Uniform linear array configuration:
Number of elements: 8
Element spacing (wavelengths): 0.75
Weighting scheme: hann
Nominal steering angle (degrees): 60
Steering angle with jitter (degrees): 58.987
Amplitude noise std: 0.05
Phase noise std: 0.05

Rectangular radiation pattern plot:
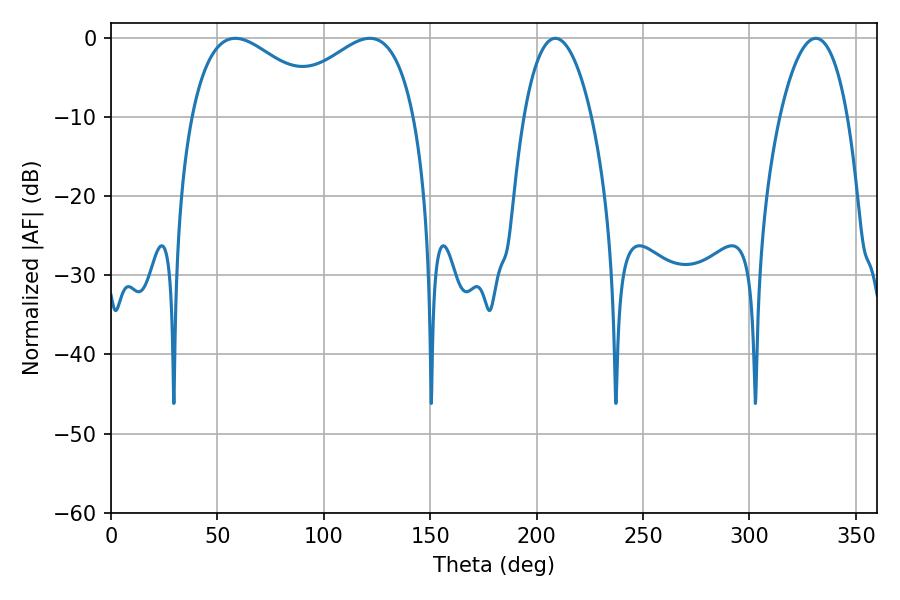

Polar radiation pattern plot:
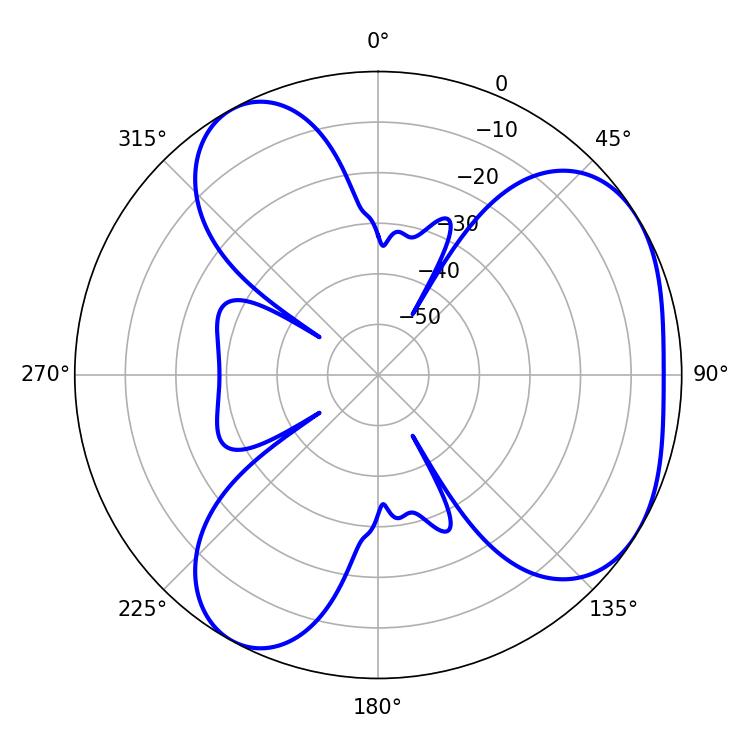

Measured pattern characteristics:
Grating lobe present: TRUE
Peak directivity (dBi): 4.412
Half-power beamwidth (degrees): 17.64
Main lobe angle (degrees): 208.8